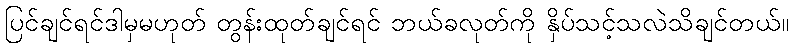
ပြင်ချင်ရင်ဒါမှမဟုတ် တွန်းထုတ်ချင်ရင် ဘယ်ခလုတ်ကို နှိပ်သင့်သလဲသိချင်တယ်။